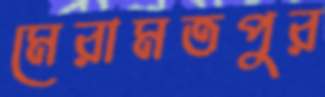
মেরামতপুর